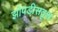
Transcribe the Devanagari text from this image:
झोपडीसदृश